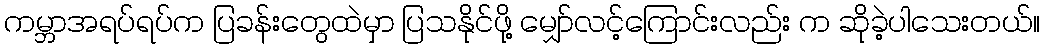
ကမ္ဘာအရပ်ရပ်က ပြခန်းတွေထဲမှာ ပြသနိုင်ဖို့ မျှော်လင့်ကြောင်းလည်း က ဆိုခဲ့ပါသေးတယ်။